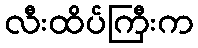
လီးထိပ်ကြီးက